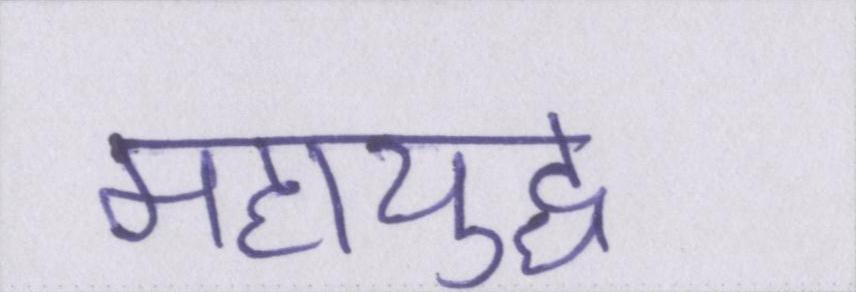
महायुद्ध